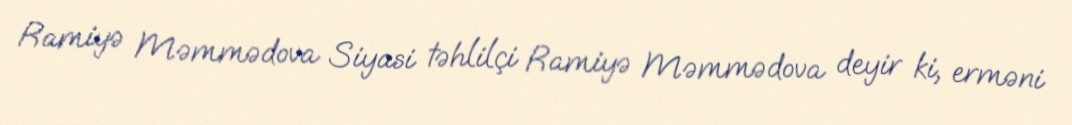
Ramiyə Məmmədova Siyasi təhlilçi Ramiyə Məmmədova deyir ki, erməni